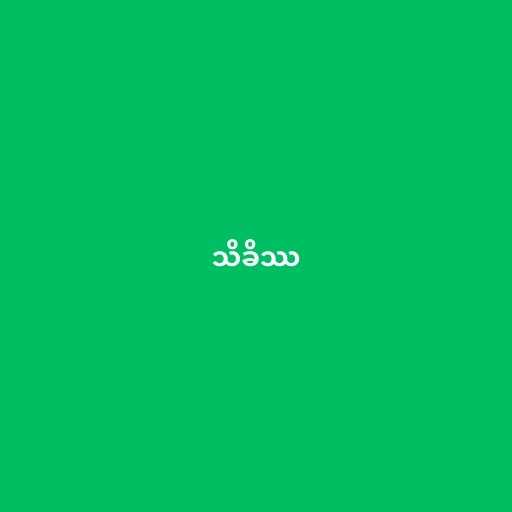
သိခိဿ